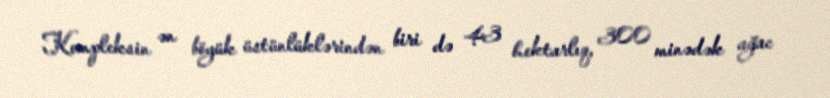
Kompleksin ən böyük üstünlüklərindən biri də 43 hektarlıq, 300 minədək ağac